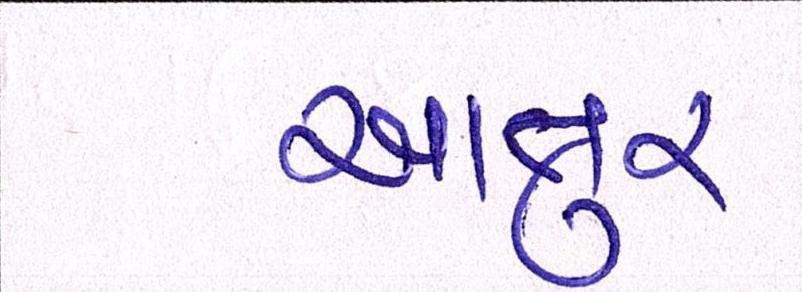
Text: આતુર